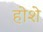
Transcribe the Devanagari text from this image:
होशे